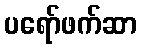
ပရော်ဖက်ဆာ